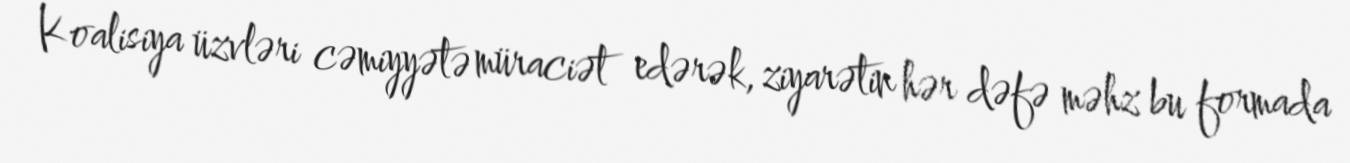
Koalisiya üzvləri cəmiyyətə müraciət edərək, ziyarətin hər dəfə məhz bu formada